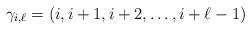
LaTeX: \begin{align*}\gamma_{i,\ell} = (i,i+1,i+2,\ldots, i+\ell-1)\end{align*}